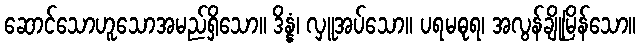
ဆောင်သောဟူသောအမည်ရှိသော။ ဒိန္နံ၊ လှူအပ်သော။ ပရမဓုရ၊ အလွန်ချိုမြိန်သော။